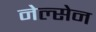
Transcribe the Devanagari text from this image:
नेल्सेन